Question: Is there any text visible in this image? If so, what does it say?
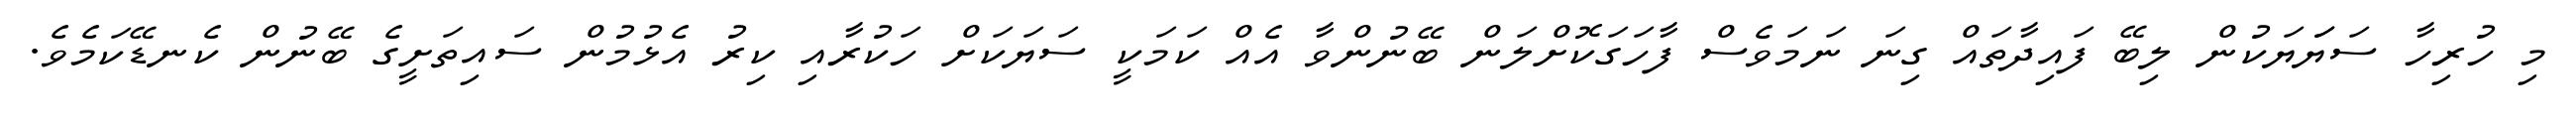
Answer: މި ހުރިހާ ސަޔަަޔަކުން ލިބޭ ފައިދާތައް ގިނަ ނަމަވެސް ފާހަގަކޮށްލަން ބޭނުންވާ އެއް ކަމަކީ ސަޔަކަށް ހަކުރާއި ކިރު އެޅުމުން ސައިތަށީގެ ބޭނުން ކެނޑޭކަމެވެ.